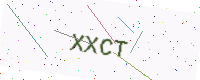
Text: XXCT